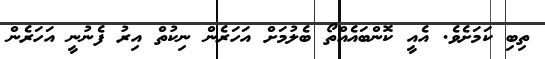
ތިބި ކަމަށެވެ. އެއީ ކޮންބައެއްތޯ ބެލުމަށް އަހަރެން ނިކުތް އިރު ފެނުނީ އަހަރެން